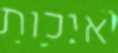
איכות